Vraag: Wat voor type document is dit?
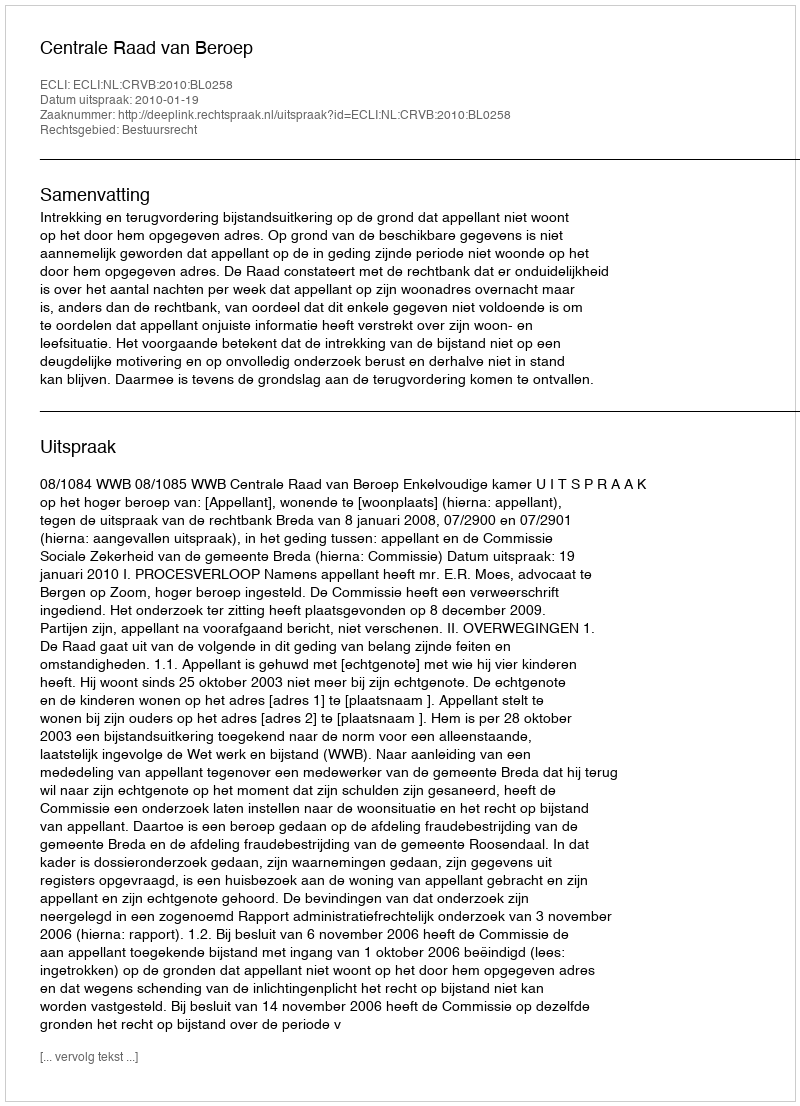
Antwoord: Uitspraak